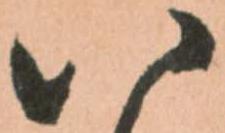
八